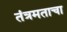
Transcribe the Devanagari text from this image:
तंत्रमताचा